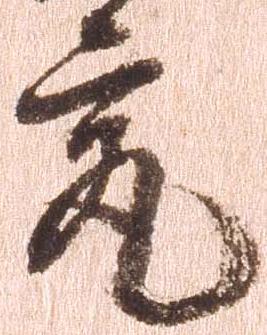
究